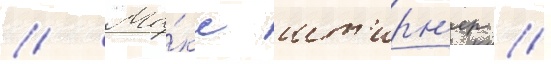
// Ма́кс шт'ирн'ер //